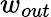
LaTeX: w_{out}